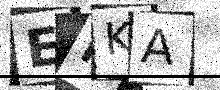
Text: EHKA